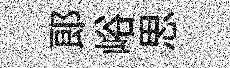
郞峪思